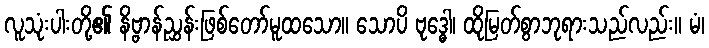
လူသုံးပါးတို့၏ နိဗ္ဗာန်ညွှန်းဖြစ်တော်မူထသော။ သောပိ ဗုဒ္ဓေါ၊ ထိုမြတ်စွာဘုရားသည်လည်း။ မံ၊